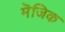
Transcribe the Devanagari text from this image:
मॆजिक